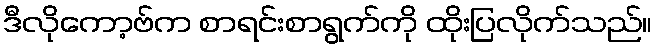
ဒီလိုကော့ဗ်က စာရင်းစာရွက်ကို ထိုးပြလိုက်သည်။